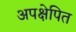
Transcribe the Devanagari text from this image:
अपक्षेपित